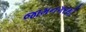
જામનગરથી